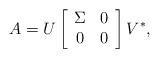
LaTeX: \begin{align*}A=U\left[\begin{array}{cc}\Sigma&0\\0&0\end{array}\right]V^*,\end{align*}